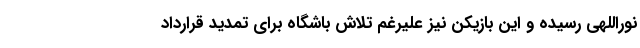
نوراللهی رسیده و این بازیکن نیز علیرغم تلاش باشگاه برای تمدید قرارداد